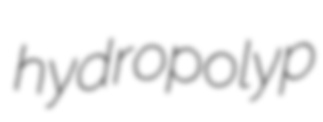
hydropolyp